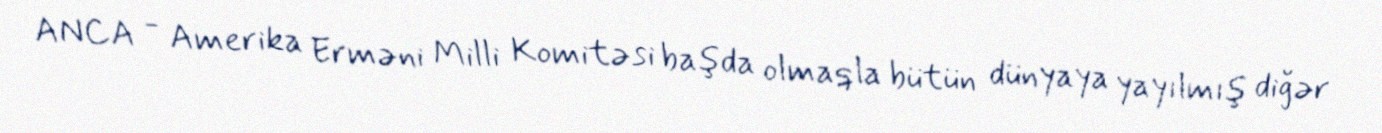
ANCA - Amerika Erməni Milli Komitəsi başda olmaqla bütün dünyaya yayılmış diğər